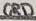
Text: GRD